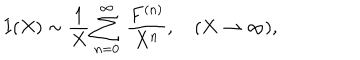
LaTeX: I ( X ) \sim \frac { 1 } { X } \sum _ { n = 0 } ^ { \infty } \, \frac { F ^ { ( n ) } } { X ^ { n } } , \quad ( X \to \infty ) ,